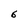
Character: 6